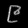
Digit: ၉